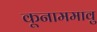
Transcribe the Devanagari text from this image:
कूनाममावु